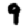
Digit: 9